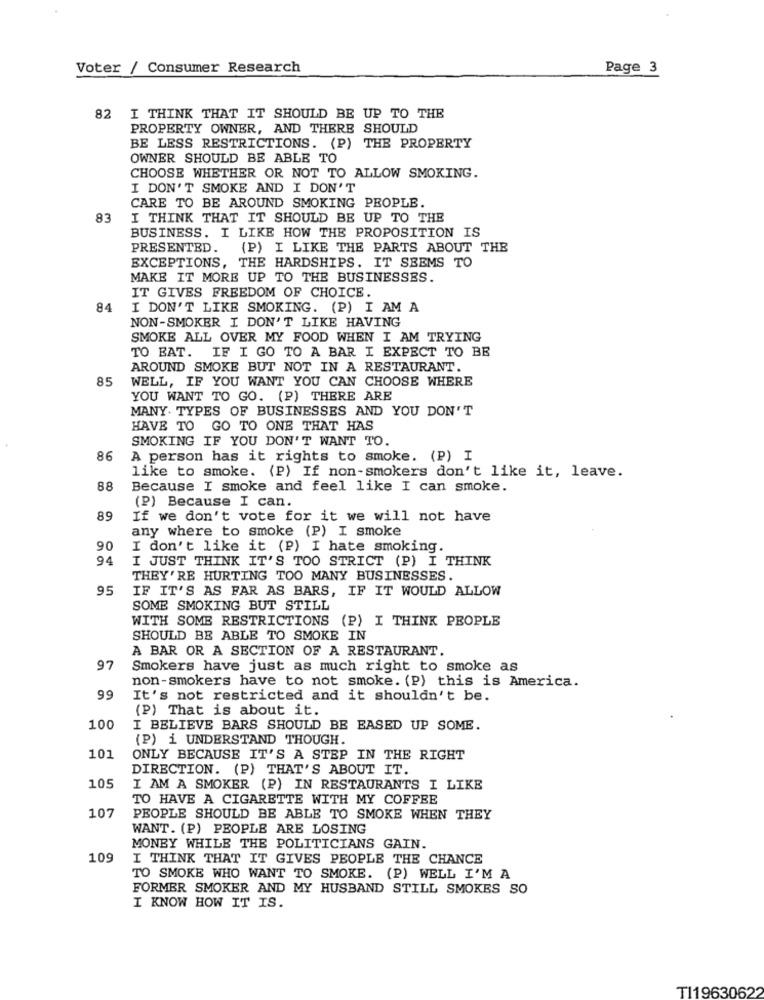
Voter / Consumer Research
Page 3
82 I THINK THAT IT SHOULD BE UP TO THE
PROPERTY OWNER, AND THERE SHOULD
BE LESS RESTRICTIONS. (P) THE PROPERTY
OWNER SHOULD BE ABLE TO
CHOOSE WHETHER OR NOT TO ALLOW SMOKING.
I DON'T SMOKE AND I DON'T
CARE TO BE AROUND SMOKING PEOPLE.
83
I THINK THAT IT SHOULD BE UP TO THE
BUSINESS. I LIKE HOW THE PROPOSITION IS
PRESENTED. (P) I LIKE THE PARTS ABOUT THE
EXCEPTIONS, THE HARDSHIPS. IT SEEMS TO
MAKE IT MORE UP TO THE BUSINESSES.
IT GIVES FREEDOM OF CHOICE
84
I DON'T LIKE SMOKING. (P) I AM A
NON-SMOKER I DON'T LIKE HAVING
SMOKE ALL OVER MY FOOD WHEN I AM TRYING
TO BAT. IF I GO TO A BAR I EXPECT TO BE
AROUND SMOKE BUT NOT IN A RESTAURANT.
85
WELL, IF YOU WANT YOU CAN CHOOSE WHERE
YOU WANT TO GO. (P) THERE ARE
MANY. TYPES OF BUSINESSES AND YOU DON'T
HAVE TO GO TO ONE THAT HAS
SMOKING IF YOU DON'T WANT TO.
86
A person has it rights to smoke. (P) I
like to smoke. (P) If non-smokers don't like it, leave.
88
Because I smoke and feel like I can smoke.
(P) Because I can.
89
If we don't vote for it we will not have
any where to smoke (P) I smoke
90
I don't like it (P) I hate smoking.
94
I JUST THINK IT'S TOO STRICT (P) I THINK
THEY'RE HURTING TOO MANY BUSINESSES.
95
IF IT'S AS FAR AS BARS, IF IT WOULD ALLOW
SOME SMOKING BUT STILL
WITH SOME RESTRICTIONS (P) I THINK PEOPLE
SHOULD BE ABLE TO SMOKE IN
A BAR OR A SECTION OF A RESTAURANT.
97
Smokers have just as much right to smoke as
non-smokers have to not smoke. (P) this is America.
99
It's not restricted and it shouldn't be.
(P) That is about it.
100
I BELIEVE BARS SHOULD BE EASED UP SOME.
(P) i UNDERSTAND THOUGH.
101
ONLY BECAUSE IT'S A STEP IN THE RIGHT
DIRECTION. (P) THAT'S ABOUT IT.
105
I AM A SMOKER (P) IN RESTAURANTS I LIKE
TO HAVE A CIGARETTE WITH MY COFFEE
107
PEOPLE SHOULD BE ABLE TO SMOKE WHEN THEY
WANT. (P) PEOPLE ARE LOSING
MONEY WHILE THE POLITICIANS GAIN.
109
I THINK THAT IT GIVES PEOPLE THE CHANCE
TO SMOKE WHO WANT TO SMOKE. (P) WELL I'M A
FORMER SMOKER AND MY HUSBAND STILL SMOKES SO
I KNOW HOW IT IS.
TI19630622